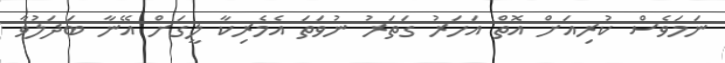
ނަމަވެސް ކުރިއަށް އޮތް އަހަރު ގަތަރު ނުވަތަ އެމެރިކާ ލީގަށް އޭނާ ބަދަލުވާ